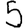
Digit: 5